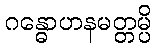
ဂန္ဓောဟနမတ္တမ္ပိ